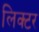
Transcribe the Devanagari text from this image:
लिक्टर